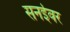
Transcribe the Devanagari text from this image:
सनईवर